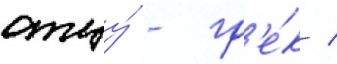
отцу́ - гр'е́к /